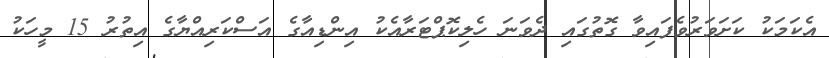
އެކަމަކު ކަށަވަރުވެފައިވާ ގޮތުގައި ދެވަނަ ހެލިކޮޕްޓަރާއެކު އިންޑިއާގެ އަސްކަރިއްޔާގެ އިތުރު 15 މީހަކު